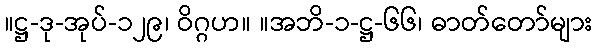
။ဋ္ဌ-ဒု-အုပ်-၁၂၉၊ ဝိဂ္ဂဟ။ ။အဘိ-၁-ဋ္ဌ-၆၆၊ ဓာတ်တော်များ